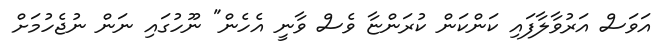
އަވަސް އަރުވާލާފައި ކަންކަން ކުރަންޏާ ވެސް ވާނީ އެހެން" ނޫހުގައި ނަން ނުޖެހުމަށް